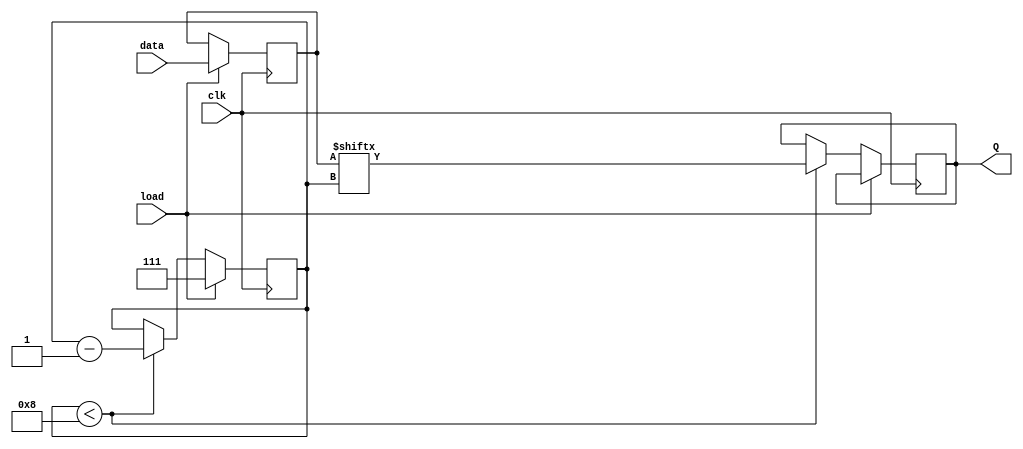
module DynamicPISO (
    input wire clk,            // Clock input
    input wire load,          // Load control signal (1 for load, 0 for shift)
    input wire [n-1:0] data,  // Parallel data input (n bits)
    output reg Q              // Serial output
);
    parameter n = 8;          // Number of bits in the register
    reg [n-1:0] storage;      // Storage for parallel data

    // State variable to keep track of the current bit to shift out
    reg [2:0] shift_index;    // Index for shifting out (3 bits for up to 8)

    always @(posedge clk) begin
        if (load) begin
            // Load data into the storage on the rising edge of the clock
            storage <= data;
            shift_index <= n - 1; // Start shifting from the last bit
        end else begin
            // Shift out the data serially
            if (shift_index < n) begin
                Q <= storage[shift_index]; // Output the current bit
                shift_index <= shift_index - 1; // Move to the next bit
            end
        end
    end
endmodule